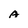
Character: A